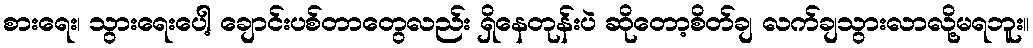
စားရေး၊ သွားရေးပေါ့ ချောင်းပစ်တာတွေလည်း ရှိနေတုန်းပဲ ဆိုတော့စိတ်ချ လက်ချသွားလာလို့မရဘူး။